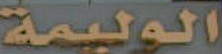
الوليمة